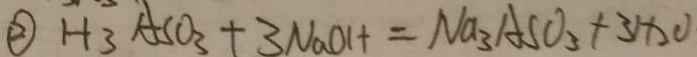
\textcircled { 2 } H _ { 3 } A S O _ { 3 } + 3 N a O H = N a _ { 3 } A S O _ { 3 } + 3 H _ { 2 } O